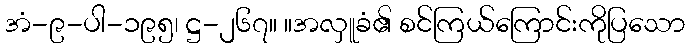
အံ-၉-ပါ-၁၉၅၊ ဋ္ဌ-၂၆၇။ ။အလှူခံ၏ စင်ကြယ်ကြောင်းကိုပြသော